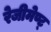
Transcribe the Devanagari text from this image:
रेजीमेण्ट्